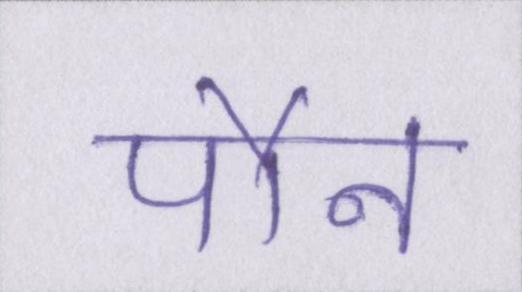
पौन